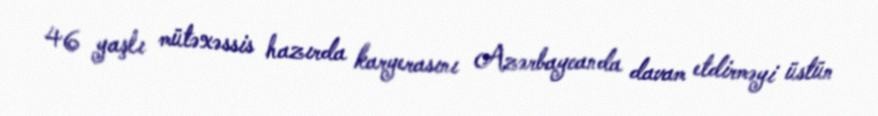
46 yaşlı mütəxəssis hazırda karyerasını Azərbaycanda davam etdirməyi üstün